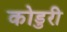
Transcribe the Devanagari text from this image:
कोडुरी